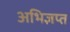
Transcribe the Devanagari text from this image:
अभिज्ञप्त